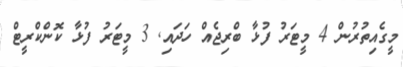
މީގެއިތުރުން 4 މީޓަރު ފުޅާ ބްރިޖެއް ހަދައި